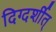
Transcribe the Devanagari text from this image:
दिग्दर्शीत्